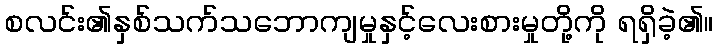
စလင်း၏နှစ်သက်သဘောကျမှုနှင့်လေးစားမှုတို့ကို ရရှိခဲ့၏။